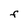
Character: f